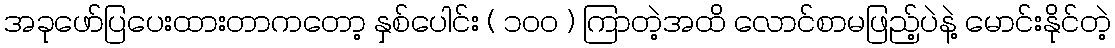
အခုဖော်ပြပေးထားတာကတော့ နှစ်ပေါင်း ( ၁၀၀ ) ကြာတဲ့အထိ လောင်စာမဖြည့်ပဲနဲ့ မောင်းနိုင်တဲ့